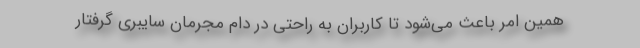
همین امر باعث می‌شود تا کاربران به ‌راحتی در دام مجرمان سایبری گرفتار